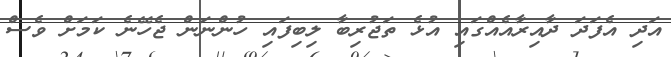
އަދި އެފަދަ ދާއިރާއެއްގައި އުޅެ ތަޖުރިބާ ލިބިފައި ހުންނަން ޖެހޭނެ ކަމަށް ވެސް